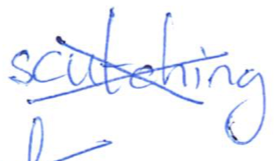
Text: scutching
Cross-out: cross
Writing tool: ballpoint